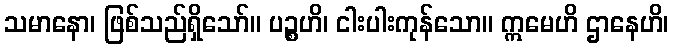
သမာနော၊ ဖြစ်သည်ရှိသော်။ ပဉ္စဟိ၊ ငါးပါးကုန်သော။ ဣမေဟိ ဌာနေဟိ၊